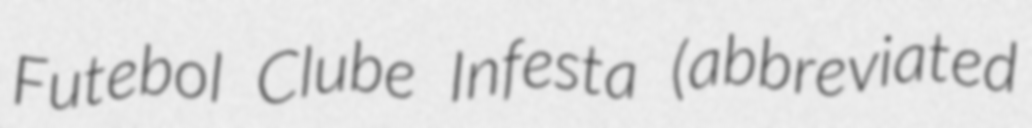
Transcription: Futebol Clube Infesta (abbreviated